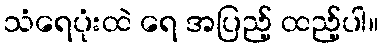
သံရေပုံးထဲ ရေ အပြည့် ထည့်ပါ။